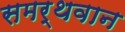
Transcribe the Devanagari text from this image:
समर्थवान